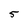
Character: 5